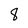
Character: 8